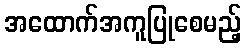
အထောက်အကူပြုစေမည့်